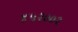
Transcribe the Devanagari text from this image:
४५२००२